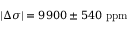
| \Delta \sigma | = 9 9 0 0 \pm 5 4 0 \mathrm { \ p p m }